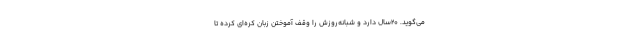
می‌گوید. 20سال دارد و شبانه‌روزش را وقف آموختن زبان کره‌ای کرده تا